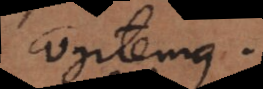
cogitemus.